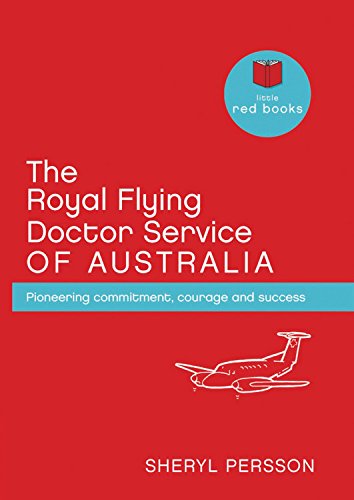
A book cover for The Royal Flying Doctor Service of Australia: Pioneering Commitment, Courage and Success (Little Red Books); Sheryl Persson; Medical Books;